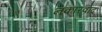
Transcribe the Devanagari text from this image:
नकारवाद